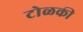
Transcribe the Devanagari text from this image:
टोळकी